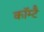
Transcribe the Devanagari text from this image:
कॉम्टै